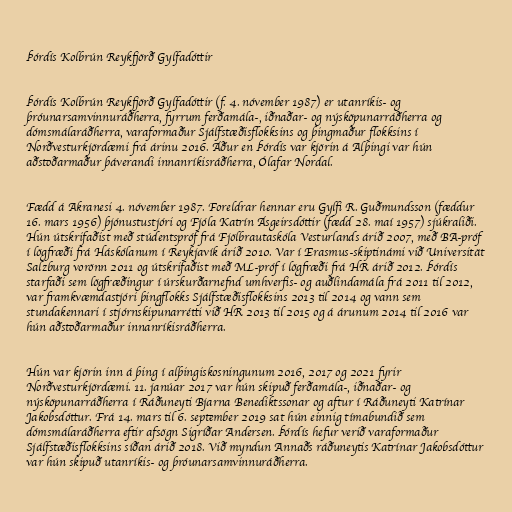
Þórdís Kolbrún Reykfjörð Gylfadóttir

Þórdís Kolbrún Reykfjörð Gylfadóttir (f. 4. nóvember 1987) er utanríkis- og
þróunarsamvinnuráðherra, fyrrum ferðamála-, iðnaðar- og nýsköpunarráðherra og
dómsmálaráðherra, varaformaður Sjálfstæðisflokksins og þingmaður flokksins í
Norðvesturkjördæmi frá árinu 2016. Áður en Þórdís var kjörin á Alþingi var hún
aðstoðarmaður þáverandi innanríkisráðherra, Ólafar Nordal.

Fædd á Akranesi 4. nóvember 1987. Foreldrar hennar eru Gylfi R. Guðmundsson (fæddur
16. mars 1956) þjónustustjóri og Fjóla Katrín Ásgeirsdóttir (fædd 28. maí 1957) sjúkraliði.
Hún útskrifaðist með stúdentspróf frá Fjölbrautaskóla Vesturlands árið 2007, með BA-próf
í lögfræði frá Háskólanum í Reykjavík árið 2010. Var í Erasmus-skiptinámi við Universität
Salzburg vorönn 2011 og útskrifaðist með ML-próf í lögfræði frá HR árið 2012. Þórdís
starfaði sem lögfræðingur í úrskurðarnefnd umhverfis- og auðlindamála frá 2011 til 2012,
var framkvæmdastjóri þingflokks Sjálfstæðisflokksins 2013 til 2014 og vann sem
stundakennari í stjórnskipunarrétti við HR 2013 til 2015 og á árunum 2014 til 2016 var
hún aðstoðarmaður innanríkisráðherra.

Hún var kjörin inn á þing í alþingiskosningunum 2016, 2017 og 2021 fyrir
Norðvesturkjördæmi. 11. janúar 2017 var hún skipuð ferðamála-, iðnaðar- og
nýsköpunarráðherra í Ráðuneyti Bjarna Benediktssonar og aftur í Ráðuneyti Katrínar
Jakobsdóttur. Frá 14. mars til 6. september 2019 sat hún einnig tímabundið sem
dómsmálaráðherra eftir afsögn Sigríðar Andersen. Þórdís hefur verið varaformaður
Sjálfstæðisflokksins síðan árið 2018. Við myndun Annaðs ráðuneytis Katrínar Jakobsdóttur
var hún skipuð utanríkis- og þróunarsamvinnuráðherra.